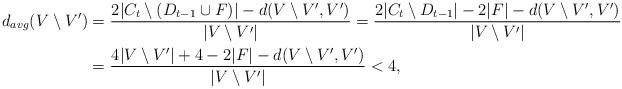
LaTeX: \begin{align*}d_{avg}(V\setminus V')&=\frac{2|C_t\setminus (D_{t-1}\cup F)|-d(V\setminus V',V')}{|V\setminus V'|}=\frac{2|C_t\setminus D_{t-1}|-2|F|-d(V\setminus V',V')}{|V\setminus V'|} \\&=\frac{4|V\setminus V'|+4-2|F|-d(V\setminus V',V')}{|V\setminus V'|}<4,\end{align*}